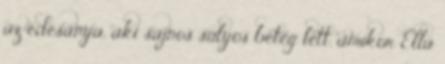
az édesanya, aki sajnos súlyos beteg lett, amikor Ella